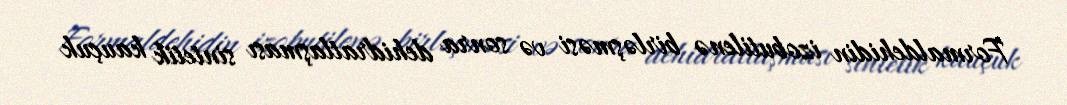
Formaldehidin izobutilenə birləşməsi və sonra dehidratlaşması sintetik kauçuk